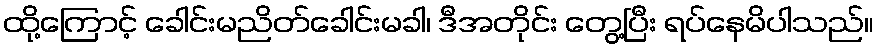
ထို့ကြောင့် ခေါင်းမညိတ်ခေါင်းမခါ၊ ဒီအတိုင်း တွေ့ပြီး ရပ်နေမိပါသည်။